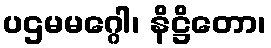
ပဌမမဂ္ဂေါ၊ နိဋ္ဌိတော၊